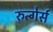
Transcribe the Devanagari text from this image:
रुत्गेर्स